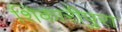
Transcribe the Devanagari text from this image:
शिकारीपुरा